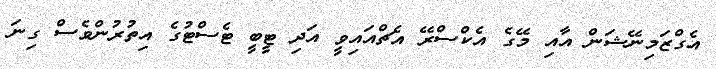
އެގްޒަމިނޭޝަން އާއި މޭގެ އެކްސްރޭ އެޗްއައިވީ އަދި ޓީބީ ޓެސްޓުގެ އިތުރުންވެސް ގިނަ